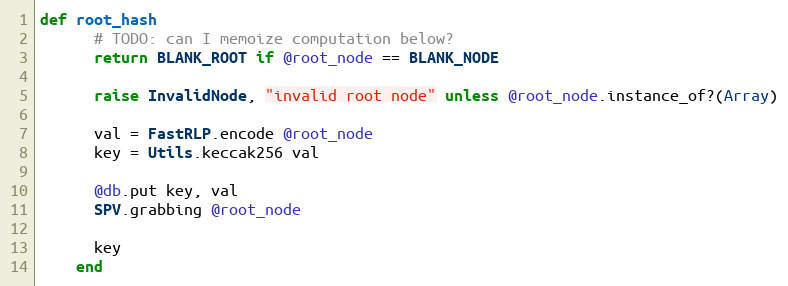
Language: Ruby
def root_hash
      # TODO: can I memoize computation below?
      return BLANK_ROOT if @root_node == BLANK_NODE

      raise InvalidNode, "invalid root node" unless @root_node.instance_of?(Array)

      val = FastRLP.encode @root_node
      key = Utils.keccak256 val

      @db.put key, val
      SPV.grabbing @root_node

      key
    end